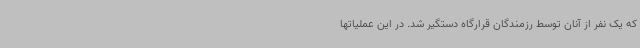
که یک نفر از آنان توسط رزمندگان قرارگاه دستگیر شد. در این عملیاتها